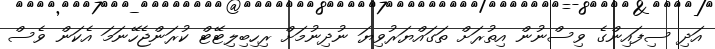
އަދި ސިފައިންގެ ވިސްނުން އިތުރަށް ތަގައްޔަރުވިޔަ ނުދިނުމަށް ރިހިބިލިޓޭޓް ކުރަންޖެހޭނަމަ އެކަން ވެސް